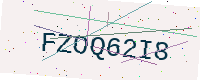
Text: FZOQ62I8